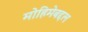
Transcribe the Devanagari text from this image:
मोहिमेबद्दल